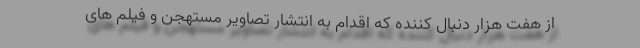
از هفت هزار دنبال کننده که اقدام به انتشار تصاویر مستهجن و فیلم های